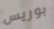
بوريس